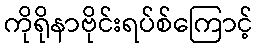
ကိုရိုနာဗိုင်းရပ်စ်ကြောင့်